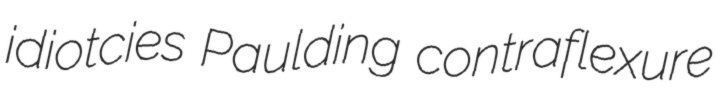
idiotcies Paulding contraflexure